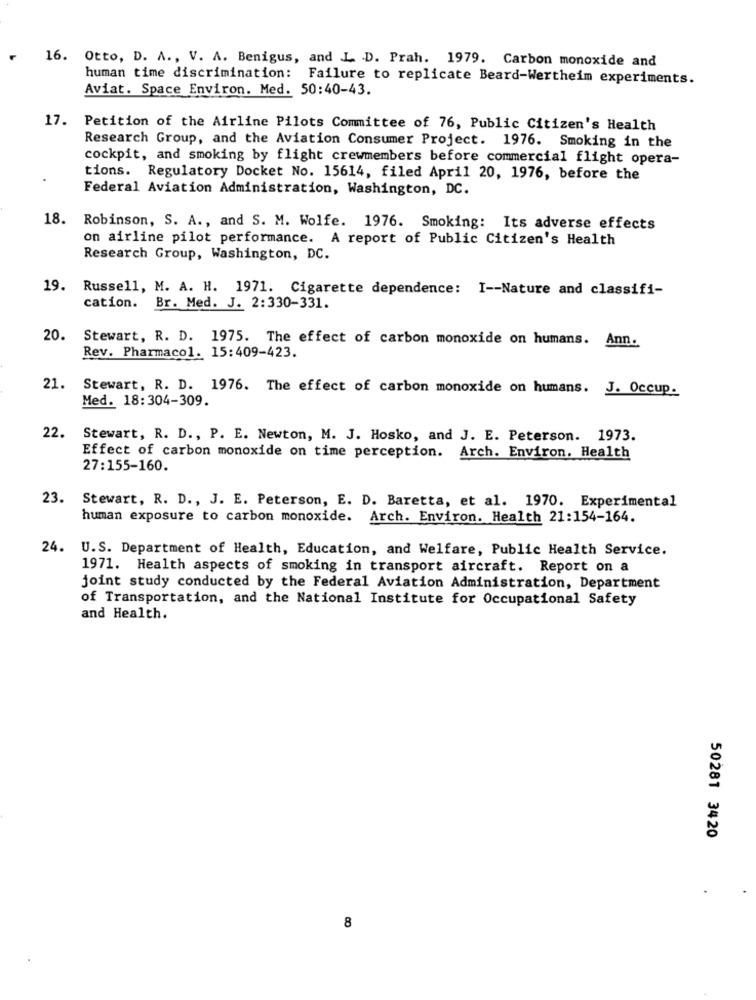
16. Otto, D. A ., V. A. Benigus, and L .D. Prah. 1979. Carbon monoxide and
human time discrimination: Failure to replicate Beard-Wertheim experiments.
Aviat. Space Environ. Med. 50:40-43.
17. Petition of the Airline Pilots Committee of 76, Public Citizen's Health
Research Group, and the Aviation Consumer Project. 1976. Smoking in the
cockpit, and smoking by flight crewmembers before commercial flight opera-
tions. Regulatory Docket No. 15614, filed April 20, 1976, before the
Federal Aviation Administration, Washington, DC.
18. Robinson, S. A ., and S. M. Wolfe. 1976. Smoking: Its adverse effects
on airline pilot performance. A report of Public Citizen's Health
Research Group, Washington, DC.
19. Russell, M. A. H. 1971. Cigarette dependence: I -- Nature and classifi-
cation.
Br. Med. J. 2:330-331.
20. Stewart, R. D. 1975. The effect of carbon monoxide on humans. Ann.
Rev. Pharmacol. 15:409-423.
21.
Stewart, R. D. 1976. The effect of carbon monoxide on humans. J. Occup.
Med. 18:304-309.
22.
Stewart, R. D ., P. E. Newton, M. J. Hosko, and J. E. Peterson. 1973.
Effect of carbon monoxide on time perception. Arch. Environ. Health
27:155-160.
23.
Stewart, R. D ., J. E. Peterson, E. D. Baretta, et al. 1970. Experimental
human exposure to carbon monoxide. Arch. Environ. Health 21:154-164.
24. U.S. Department of Health, Education, and Welfare, Public Health Service.
1971. Health aspects of smoking in transport aircraft. Report on a
joint study conducted by the Federal Aviation Administration, Department
of Transportation, and the National Institute for Occupational Safety
and Health.
50281 3420
8